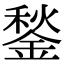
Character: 鍫